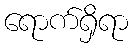
ရောက်ရှိရာ